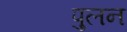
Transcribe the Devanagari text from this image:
पुलन